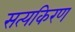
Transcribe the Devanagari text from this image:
सत्यकिरण